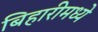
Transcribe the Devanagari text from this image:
बिहारीमध्ये